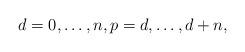
LaTeX: \begin{align*}d=0, \dots, n, p=d, \dots , d+n, \end{align*}